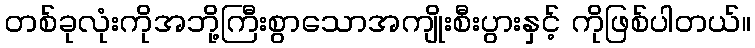
တစ်ခုလုံးကိုအဘို့ကြီးစွာသောအကျိုးစီးပွားနှင့် ကိုဖြစ်ပါတယ်။